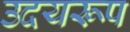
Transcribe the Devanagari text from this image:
उदयरूप